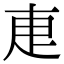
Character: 𭻿